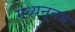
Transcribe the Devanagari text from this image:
मध्यनूतम